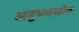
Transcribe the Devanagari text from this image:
अनुभवस्रोत